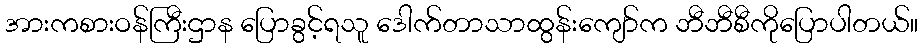
အားကစားဝန်ကြီးဌာန ပြောခွင့်ရသူ ဒေါက်တာသာထွန်းကျော်က ဘီဘီစီကိုပြောပါတယ်။